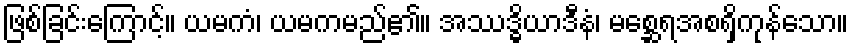
ဖြစ်ခြင်းကြောင့်။ ယမကံ၊ ယမကမည်၏။ အဿဒ္ဓိယာဒီနံ၊ မစ္ဆေရအစရှိကုန်သော။